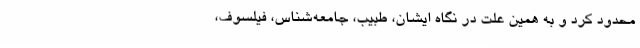
محدود کرد و به همین علت در نگاه ایشان، طبیب، جامعه‌شناس، فیلسوف،